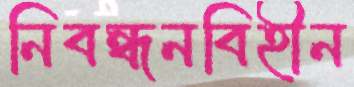
নিবন্ধনবিহীন